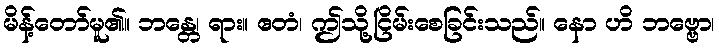
မိန့်တော်မူ၏။ ဘန္တေ၊ ရား။ ဧတံ၊ ဤသို့ငြိမ်းစေခြင်းသည်။ နော ဟိ ဘဗ္ဗော၊